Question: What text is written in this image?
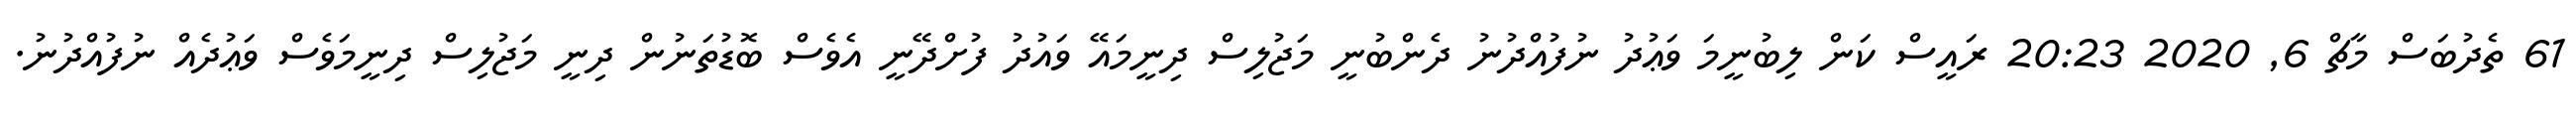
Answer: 61 ތެދުބަސް މާޗް 6, 2020 20:23 ރައީސް ކަން ލިބުނީމަ ވަޢުދު ނުފުއްދުނު ދެންބުނީ މަޖުލިސް ދިނީމައޭ ވައުދު ފުށްދޭނީ އެވެސް ބޮޑުތަނުން ދިނީ މަޖުލިސް ދިނީމަވެސް ވަޢުދެއް ނުފުއްދުނު.